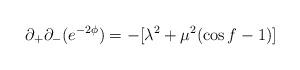
LaTeX: \begin{align*}\partial_+\partial_- (e^{-2\phi}) = -[\lambda^2 + \mu^2(\cos f-1)]\end{align*}